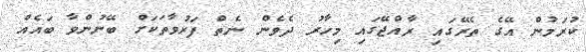
ކުރަމުން އޭގެ ތެރޭގައި ރާއްޖޭގައި މިހާރު ދެވެން ނެތް ފަރުވާތަކަށް ބޭނުންވާ ބައެއް